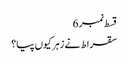
قسط نمبر 6
سقراط نے زہر کیوں پیا؟